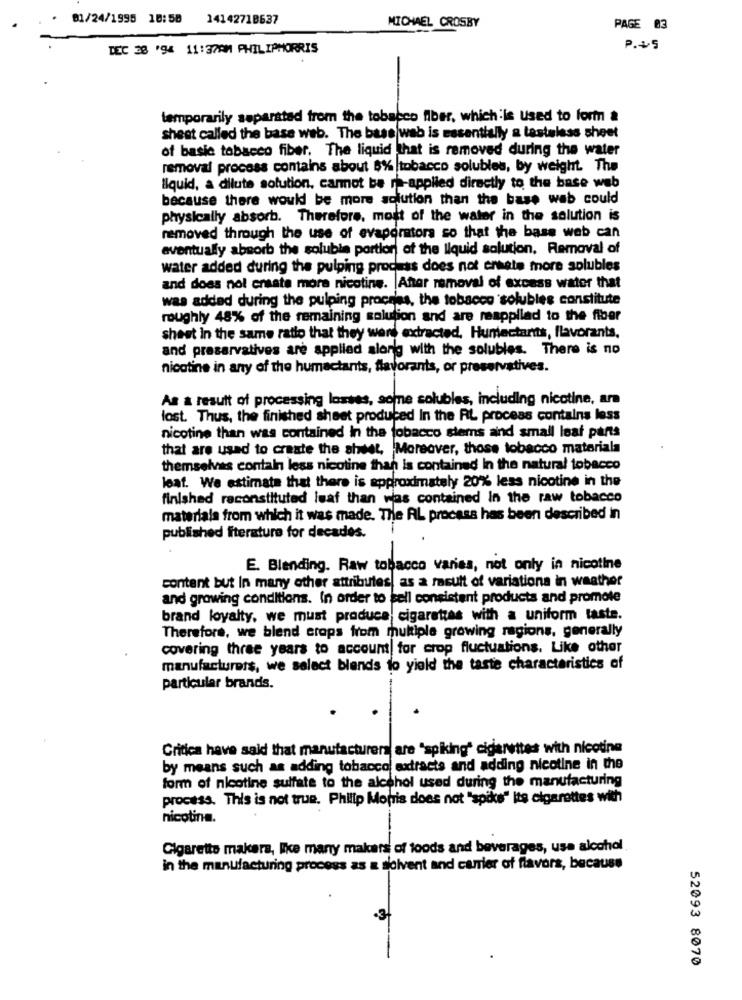
01/24/1995 18:58 14142718637
MICHAEL CROSBY
PAGE 03
DEC 38 '94 11:37AM PHILIPMORRIS
P.+5
temporarily separated from the tobacco fiber, which is Used to form &
sheet called the base web. The bass|web is essentially a tasteless sheet
of basic tobacco fiber. The liquid that is removed during the water
removal process contains about $% |tobacco solubles, by weight. The
liquid, a dilute solution, carmnot be rh-applied directly to the base web
because there would be more sciution than the base web could
physically absorb. Therefore, most of the water in the solution is
removed through the use of evaporators so that the base web can
eventually absorb the soluble portion of the liquid solution, Removal of
water added during the pulping process does not ersete more solubles
and does not create more nicotine. After removal of excess water that
was added during the pulping procelas, the tobacco solubles constitute
roughly 48% of the remaining solution and are reapplied to the fiber
sheet in the same ratio that they were extracted. Humectants, flavorants,
and preservatives are applied along with the solubles. There is no
nicotine in any of the humactants, flavorants, or preservatives.
As a result of processing losses, some solubles, including nicotine, an
lost. Thus, the finished sheet produced In the RL process contains less
nicotine than was contained In the tobacco stems and small leat parts
that are used to create the sheet, Moreover, those tobacco materiala
themselves contain less nicotine than is contained In the natural tobacco
leat. We estimate that there is approximately 20% less nicotine in the
finished reconstituted leaf than was contained In the raw tobacco
materials from which it was made. The AL process has been described in
published literature for decades.
E. Blending. Raw tobacco varies, not only in nicotine
content but In many other attributes, as a result of variations in weather
and growing conditions. In order to sell consistent products and promote
brand loyalty, we must produce cigarettes with a uniform taste.
Therefore, we blend crops from multiple growing regions, generally
covering three years to account for crop fluctuations. Like other
manufacturers, we select blends to yield the taste characteristics of
particular brands.
Critica have said that manufacturer are "spiking" cigarettes with nicotine
by means such as adding tobacco extracts and adding nicotine in the
form of nicotine sulfate to the alcohol used during the manufacturing
process. This is not true. Philip Morris does not "spike" Its cigarettes with
nicotina.
Cigarette makara, like many makers of foods and beverages, use alcohol
in the manufacturing process as a solvent and carrier of flavors, because
52093 8070